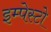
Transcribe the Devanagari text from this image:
इम्पेस्टो